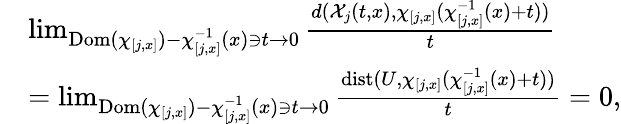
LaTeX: \begin{array}{rl}&{\operatorname*{lim}_{\mathrm{Dom}(\chi_{[j,x]})-\chi_{[j,x]}^{-1}(x)\ni t\to 0}\frac{d(\mathcal{X}_{j}(t,x),\chi_{[j,x]}(\chi_{[j,x]}^{-1}(x)+t))}{t}}\\ &{=\operatorname*{lim}_{\mathrm{Dom}(\chi_{[j,x]})-\chi_{[j,x]}^{-1}(x)\ni t\to 0}\frac{\mathrm{dist}(U,\chi_{[j,x]}(\chi_{[j,x]}^{-1}(x)+t))}{t}=0,}\end{array}